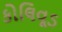
કોલિવૂડ